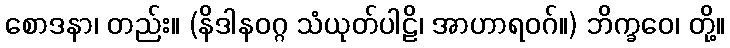
စောဒနာ၊ တည်း။ (နိဒါနဝဂ္ဂ သံယုတ်ပါဠိ၊ အာဟာရဝဂ်။) ဘိက္ခဝေ၊ တို့။